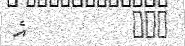
١٠٠         އެ